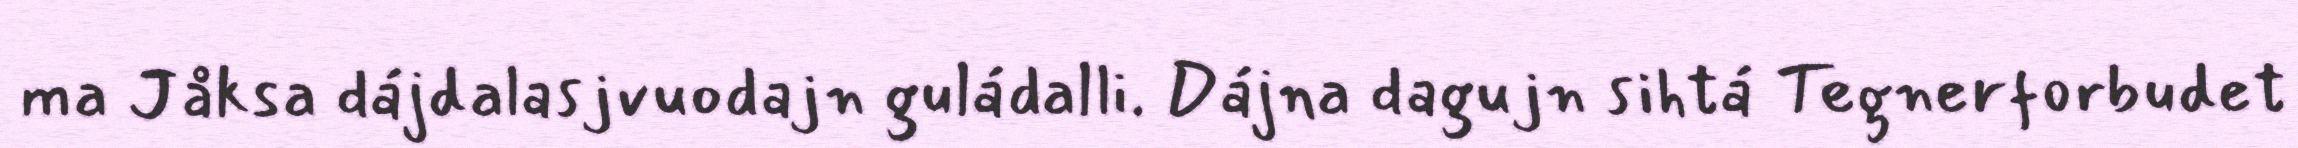
ma Jåksa dájdalasjvuodajn guládalli. Dájna dagujn sihtá Tegnerforbudet